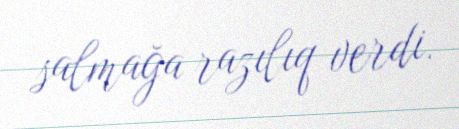
salmağa razılıq verdi.